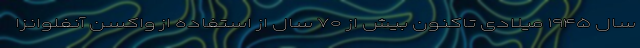
سال ۱۹۴۵ میلادی تاکنون بیش از ۷۰ سال از استفاده از واکسن آنفلوانزا